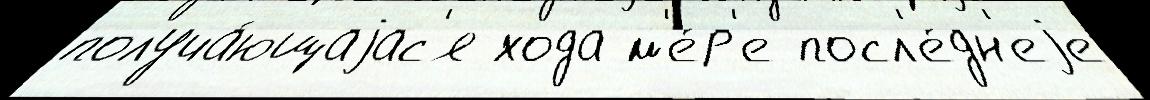
получа́ющаjас'я хода м'е́р'е посл'е́дн'еjе